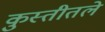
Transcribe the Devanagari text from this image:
कुस्तीतले